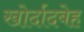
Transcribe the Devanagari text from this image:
खोर्दादबेह